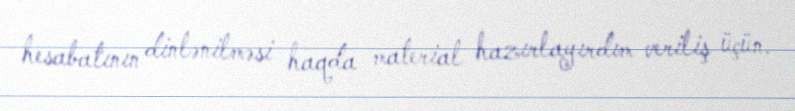
hesabatının dinlənilməsi haqda material hazırlayırdım veriliş üçün.